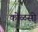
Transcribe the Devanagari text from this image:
कोळसो